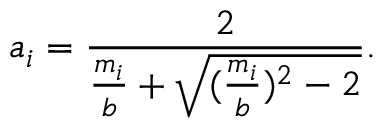
a _ { i } = \frac { 2 } { \frac { m _ { i } } { b } + \sqrt { ( \frac { m _ { i } } { b } ) ^ { 2 } - 2 } } .